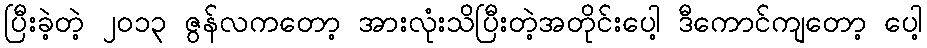
ပြီးခဲ့တဲ့ ၂၀၁၃ ဇွန်လကတော့ အားလုံးသိပြီးတဲ့အတိုင်းပေါ့ ဒီကောင်ကျတော့ ပေါ့